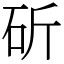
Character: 斫